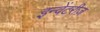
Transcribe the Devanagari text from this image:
इन्वेंटरीज़